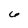
Character: 6